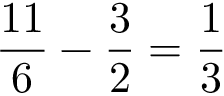
{ \frac { 1 1 } { 6 } } - { \frac { 3 } { 2 } } = { \frac { 1 } { 3 } }